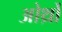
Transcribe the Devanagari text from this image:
ओर्थ्रो